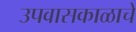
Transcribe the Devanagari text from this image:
उपवासकाळाचे